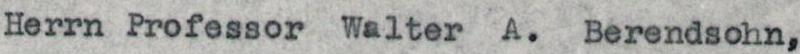
Herrn Professor Walter A. Berendsohn,